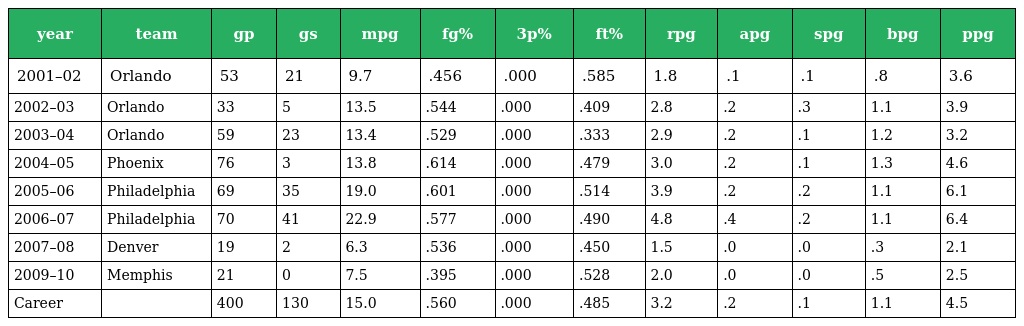
| year | team | gp | gs | mpg | fg% | 3p% | ft% | rpg | apg | spg | bpg | ppg |
 | --- | --- | --- | --- | --- | --- | --- | --- | --- | --- | --- | --- | --- |
 | 2001–02 | Orlando | 53 | 21 | 9.7 | .456 | .000 | .585 | 1.8 | .1 | .1 | .8 | 3.6 |
 | 2002–03 | Orlando | 33 | 5 | 13.5 | .544 | .000 | .409 | 2.8 | .2 | .3 | 1.1 | 3.9 |
 | 2003–04 | Orlando | 59 | 23 | 13.4 | .529 | .000 | .333 | 2.9 | .2 | .1 | 1.2 | 3.2 |
 | 2004–05 | Phoenix | 76 | 3 | 13.8 | .614 | .000 | .479 | 3.0 | .2 | .1 | 1.3 | 4.6 |
 | 2005–06 | Philadelphia | 69 | 35 | 19.0 | .601 | .000 | .514 | 3.9 | .2 | .2 | 1.1 | 6.1 |
 | 2006–07 | Philadelphia | 70 | 41 | 22.9 | .577 | .000 | .490 | 4.8 | .4 | .2 | 1.1 | 6.4 |
 | 2007–08 | Denver | 19 | 2 | 6.3 | .536 | .000 | .450 | 1.5 | .0 | .0 | .3 | 2.1 |
 | 2009–10 | Memphis | 21 | 0 | 7.5 | .395 | .000 | .528 | 2.0 | .0 | .0 | .5 | 2.5 |
 | Career |  | 400 | 130 | 15.0 | .560 | .000 | .485 | 3.2 | .2 | .1 | 1.1 | 4.5 |